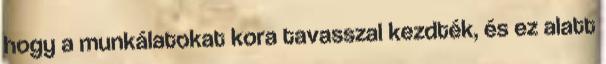
hogy a munkálatokat kora tavasszal kezdték, és ez alatt